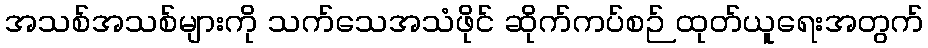
အသစ်အသစ်များကို သက်သေအသံဖိုင် ဆိုက်ကပ်စဉ် ထုတ်ယူရေးအတွက်